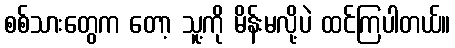
စစ်သားတွေက တော့ သူ့ကို မိန်းမလို့ပဲ ထင်ကြပါတယ်။